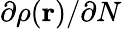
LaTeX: \partial\rho(\mathbf{r})/\partial N